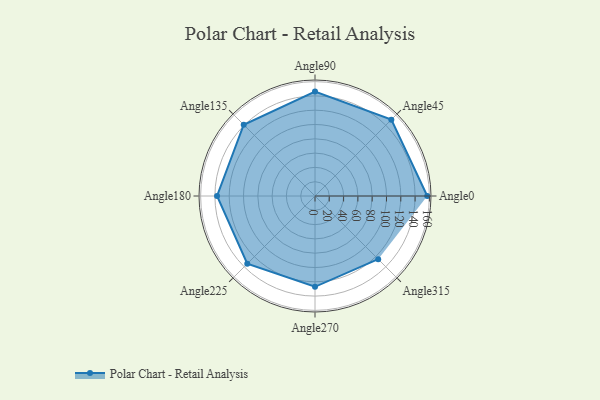
{"axis": {"x": "Angle", "y": "Radius"}, "legend": [""], "data": [{"x": "Angle0", "y": 157.0, "type": ""}, {"x": "Angle45", "y": 151.0, "type": ""}, {"x": "Angle90", "y": 146.0, "type": ""}, {"x": "Angle135", "y": 141.0, "type": ""}, {"x": "Angle180", "y": 137.0, "type": ""}, {"x": "Angle225", "y": 134.0, "type": ""}, {"x": "Angle270", "y": 127.0, "type": ""}, {"x": "Angle315", "y": 125.0, "type": ""}]}